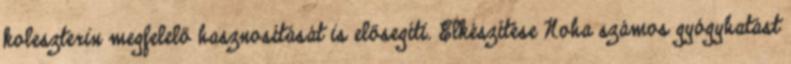
koleszterin megfelelő hasznosítását is elősegíti. Elkészítése Noha számos gyógyhatást